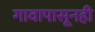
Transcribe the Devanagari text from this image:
गावापासूनही